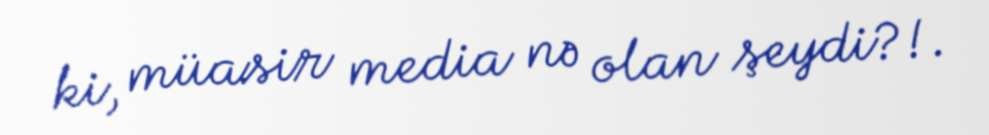
ki, müasir media nə olan şeydi?!.